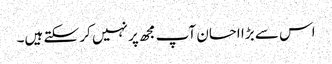
اس سے بڑا احسان آپ مجھ پر نہیں کر سکتے ہیں۔